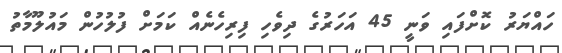
ހައްޔަރު ކޮށްފައި ވަނީ 45 އަހަރުގެ ދިވެހި ފިރިހެނެއް ކަމަށް ފުލުހުން މައުލޫމާތު